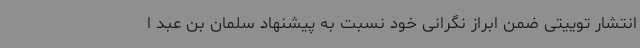
انتشار توییتی ضمن ابراز نگرانی خود نسبت به پیشنهاد سلمان بن عبد ا